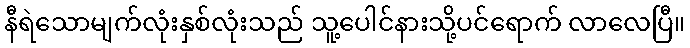
နီရဲသောမျက်လုံးနှစ်လုံးသည် သူ့ပေါင်နားသို့ပင်ရောက် လာလေပြီ။